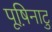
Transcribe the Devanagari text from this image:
पूष़िनाटु